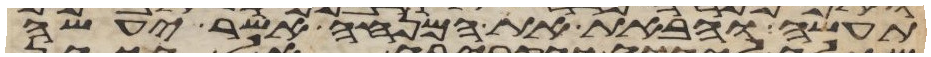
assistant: תעשה והבאת את המנחה אשר יעשה